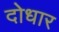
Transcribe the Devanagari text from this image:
दोधार